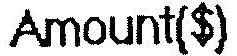
AMOUNT($)